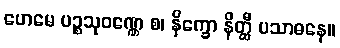
ဟေမေ ပဉ္စသုဝဏ္ဏေ စ၊ နိက္ခော နိတ္ထီ ပသာဓနေ။